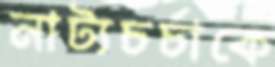
নাট্যচর্চাকে